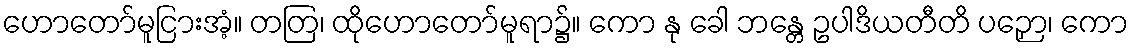
ဟောတော်မူငြားအံ့။ တတြ၊ ထိုဟောတော်မူရာ၌။ ကော နု ခေါ ဘန္တေ ဥပါဒိယတီတိ ပဉှော၊ ကော